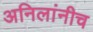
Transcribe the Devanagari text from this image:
अनिलांनीच